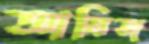
আমিজ